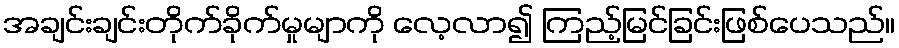
အချင်းချင်းတိုက်ခိုက်မှုမျာကို လေ့လာ၍ ကြည့်မြင်ခြင်းဖြစ်ပေသည်။